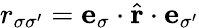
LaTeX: r_{\sigma\sigma^{\prime}}=\mathbf{e}_{\sigma}\cdot\hat{\mathbf{r}}\cdot\mathbf{e}_{\sigma^{\prime}}